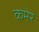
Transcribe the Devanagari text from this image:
कमेर